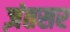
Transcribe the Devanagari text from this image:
ज़ंतसर